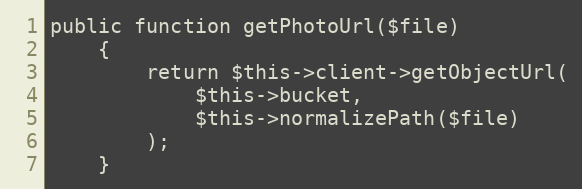
Language: PHP
public function getPhotoUrl($file)
    {
        return $this->client->getObjectUrl(
            $this->bucket,
            $this->normalizePath($file)
        );
    }